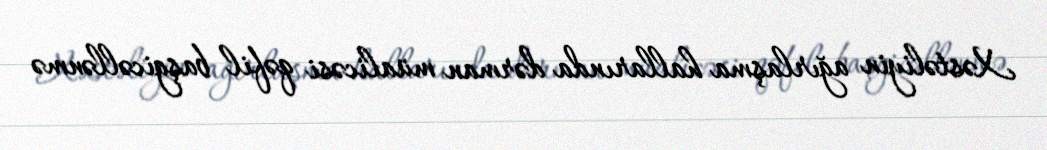
Xəstəliyin ağırlaşma hallarında dərman müalicəsi qəfil başgicəllənmə